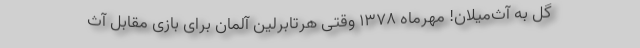
گل به آث‌میلان! مهرماه 1378 وقتی هرتابرلین آلمان برای بازی مقابل آث